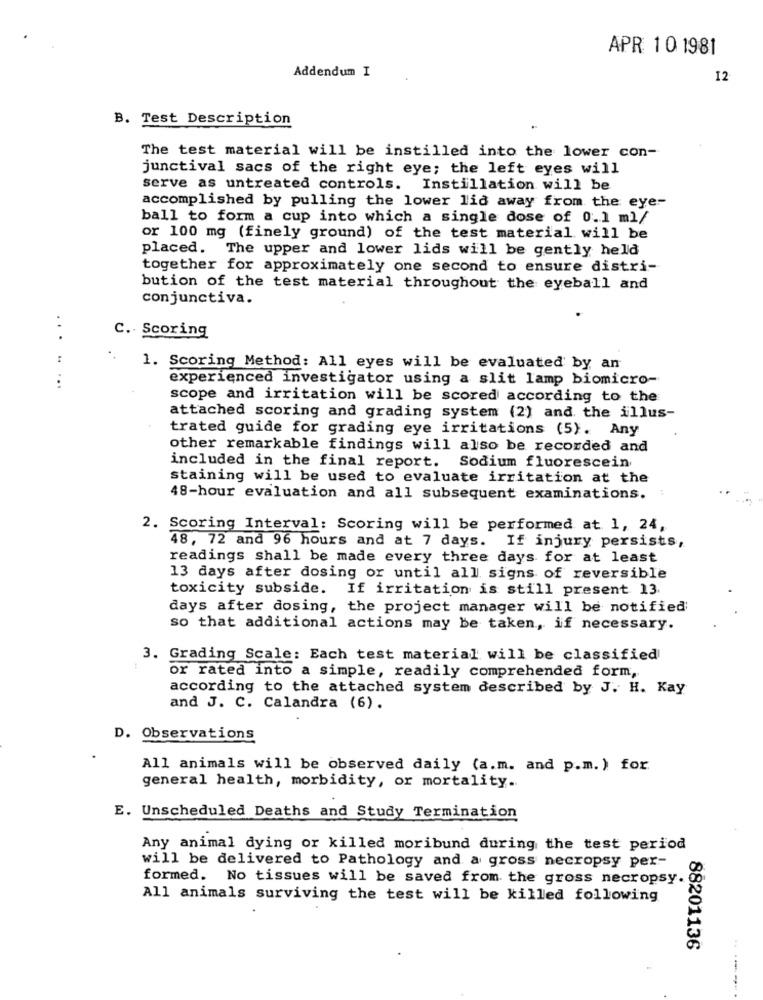
APR 10 1981
Addendum I
12
B. Test Description
The test material will be instilled into the lower con-
junctival sacs of the right eye; the left eyes will
serve as untreated controls. Instillation will be
accomplished by pulling the lower lid away from the eye-
ball to form a cup into which a single dose of 0.1 ml/
or 100 mg (finely ground) of the test material will be
placed. The upper and lower lids will be gently held
together for approximately one second to ensure distri-
bution of the test material throughout the eyeball and
conjunctiva.
C. Scoring
....
1. Scoring Method: All eyes will be evaluated by an
...
experienced investigator using a slit lamp biomicro-
scope and irritation will be scored according to the
attached scoring and grading system (2) and the illus-
trated guide for grading eye irritations (5). Any
other remarkable findings will also be recorded and
included in the final report. Sodium fluorescein
staining will be used to evaluate irritation at the
48-hour evaluation and all subsequent examinations. :
2. Scoring Interval: Scoring will be performed at 1, 24,
48, 72 and 96 hours and at 7 days. If injury persists,
readings shall be made every three days for at least
13 days after dosing or until all signs of reversible
toxicity subside. If irritation is still present 13
days after dosing, the project manager will be notified;
so that additional actions may be taken, if necessary.
3. Grading Scale: Each test material will be classified
or rated into a simple, readily comprehended form,
according to the attached system described by J. H. Kay
and J. C. Calandra (6).
D. Observations
All animals will be observed daily (a.m. and p.m.) for
general health, morbidity, or mortality ..
E. Unscheduled Deaths and Study Termination
Any animal dying or killed moribund during the test period
will be delivered to Pathology and a gross necropsy per-
formed.
No tissues will be saved from the gross necropsy.
All animals surviving the test will be killed following
88201136
-----